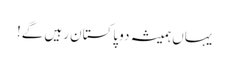
یہاں ہمیشہ دو پاکستان رہیں گے!